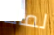
لماذا